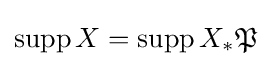
\mathrm {supp} \,X=\mathrm {supp} \,X_{*}{\mathfrak {P}}